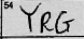
Transcription: YRG